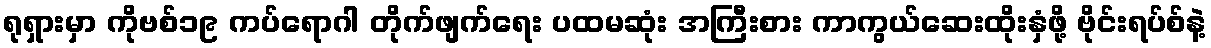
ရုရှားမှာ ကိုဗစ်၁၉ ကပ်ရောဂါ တိုက်ဖျက်ရေး ပထမဆုံး အကြီးစား ကာကွယ်ဆေးထိုးနှံဖို့ ဗိုင်းရပ်စ်နဲ့